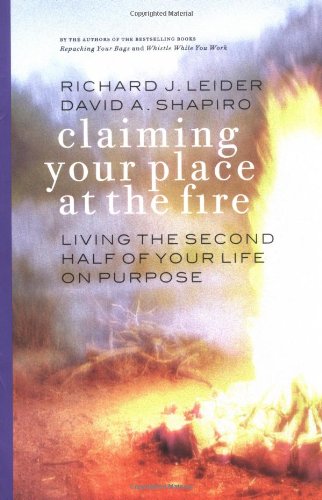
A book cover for Claiming Your Place at the Fire: Living the Second Half of Your Life on Purpose; Richard J. Leider; Health, Fitness & Dieting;